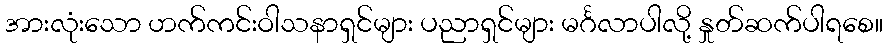
အားလုံးသော ဟက်ကင်းဝါသနာရှင်များ ပညာရှင်များ မင်္ဂလာပါလို့ နှုတ်ဆက်ပါရစေ။